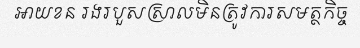
អាយខន រងរបួសស្រាលមិនត្រូវការសមត្ថកិច្ច